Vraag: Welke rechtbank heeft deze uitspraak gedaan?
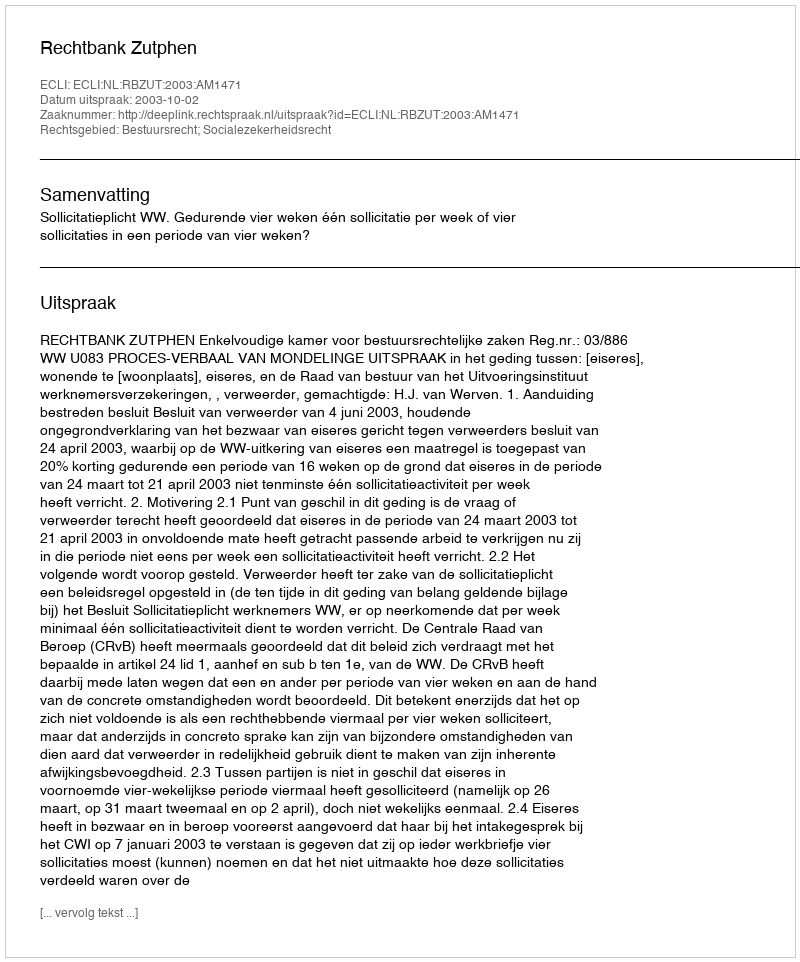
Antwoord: Rechtbank Zutphen